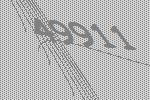
49911